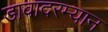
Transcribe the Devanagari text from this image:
डावादरम्यान